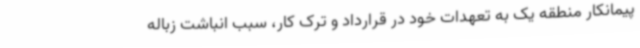
پیمانکار منطقه یک به تعهدات خود در قرارداد و ترک کار، سبب انباشت زباله